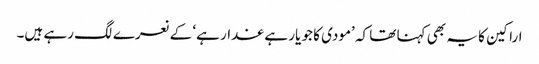
اراکین کا یہ بھی کہنا تھا کہ ’مودی کا جو یار ہے غدار ہے‘ کے نعرے لگ رہے ہیں۔